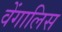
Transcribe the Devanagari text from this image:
वेंगालिस